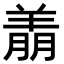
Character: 𬙶